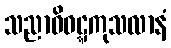
သညာဝိဝဋ္ဋကုသလာနံ